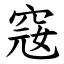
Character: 窛